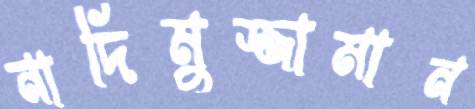
নাদিমুজ্জামান